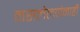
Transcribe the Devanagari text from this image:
नसलेल्यांनाही